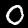
Digit: 0